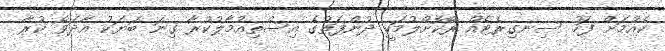
ކެއުމަށް ފަހު ސިނގިރެޓެއް ރޯކޮށްލުމަކީ ދުންފަތުގެ އިސްތިއުމާލުކުރާ ގިނަ ބަޔަކު އާދަވެ ކުރާ